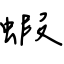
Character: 蝦